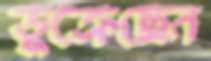
ডুক্‌রেছেন